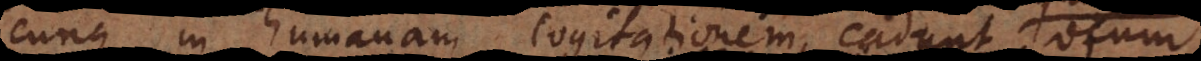
quaecunque in humanam cogitationem cadunt locum